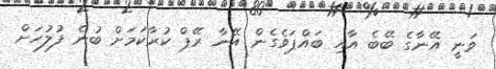
ވަނީ އޭނާގެ ބޭބެ އާއި ބައްޕަވެގެން އޭނާ ރޭޕް ކުރާކަމަށް ބުނެ ފުލުހަށް